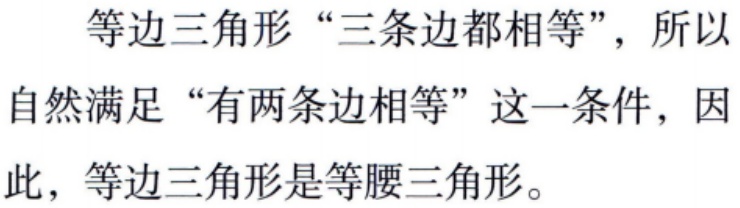
等边三角形“三条边都相等”，所以自然满足“有两条边相等”这一条件，因此，等边三角形是等腰三角形。